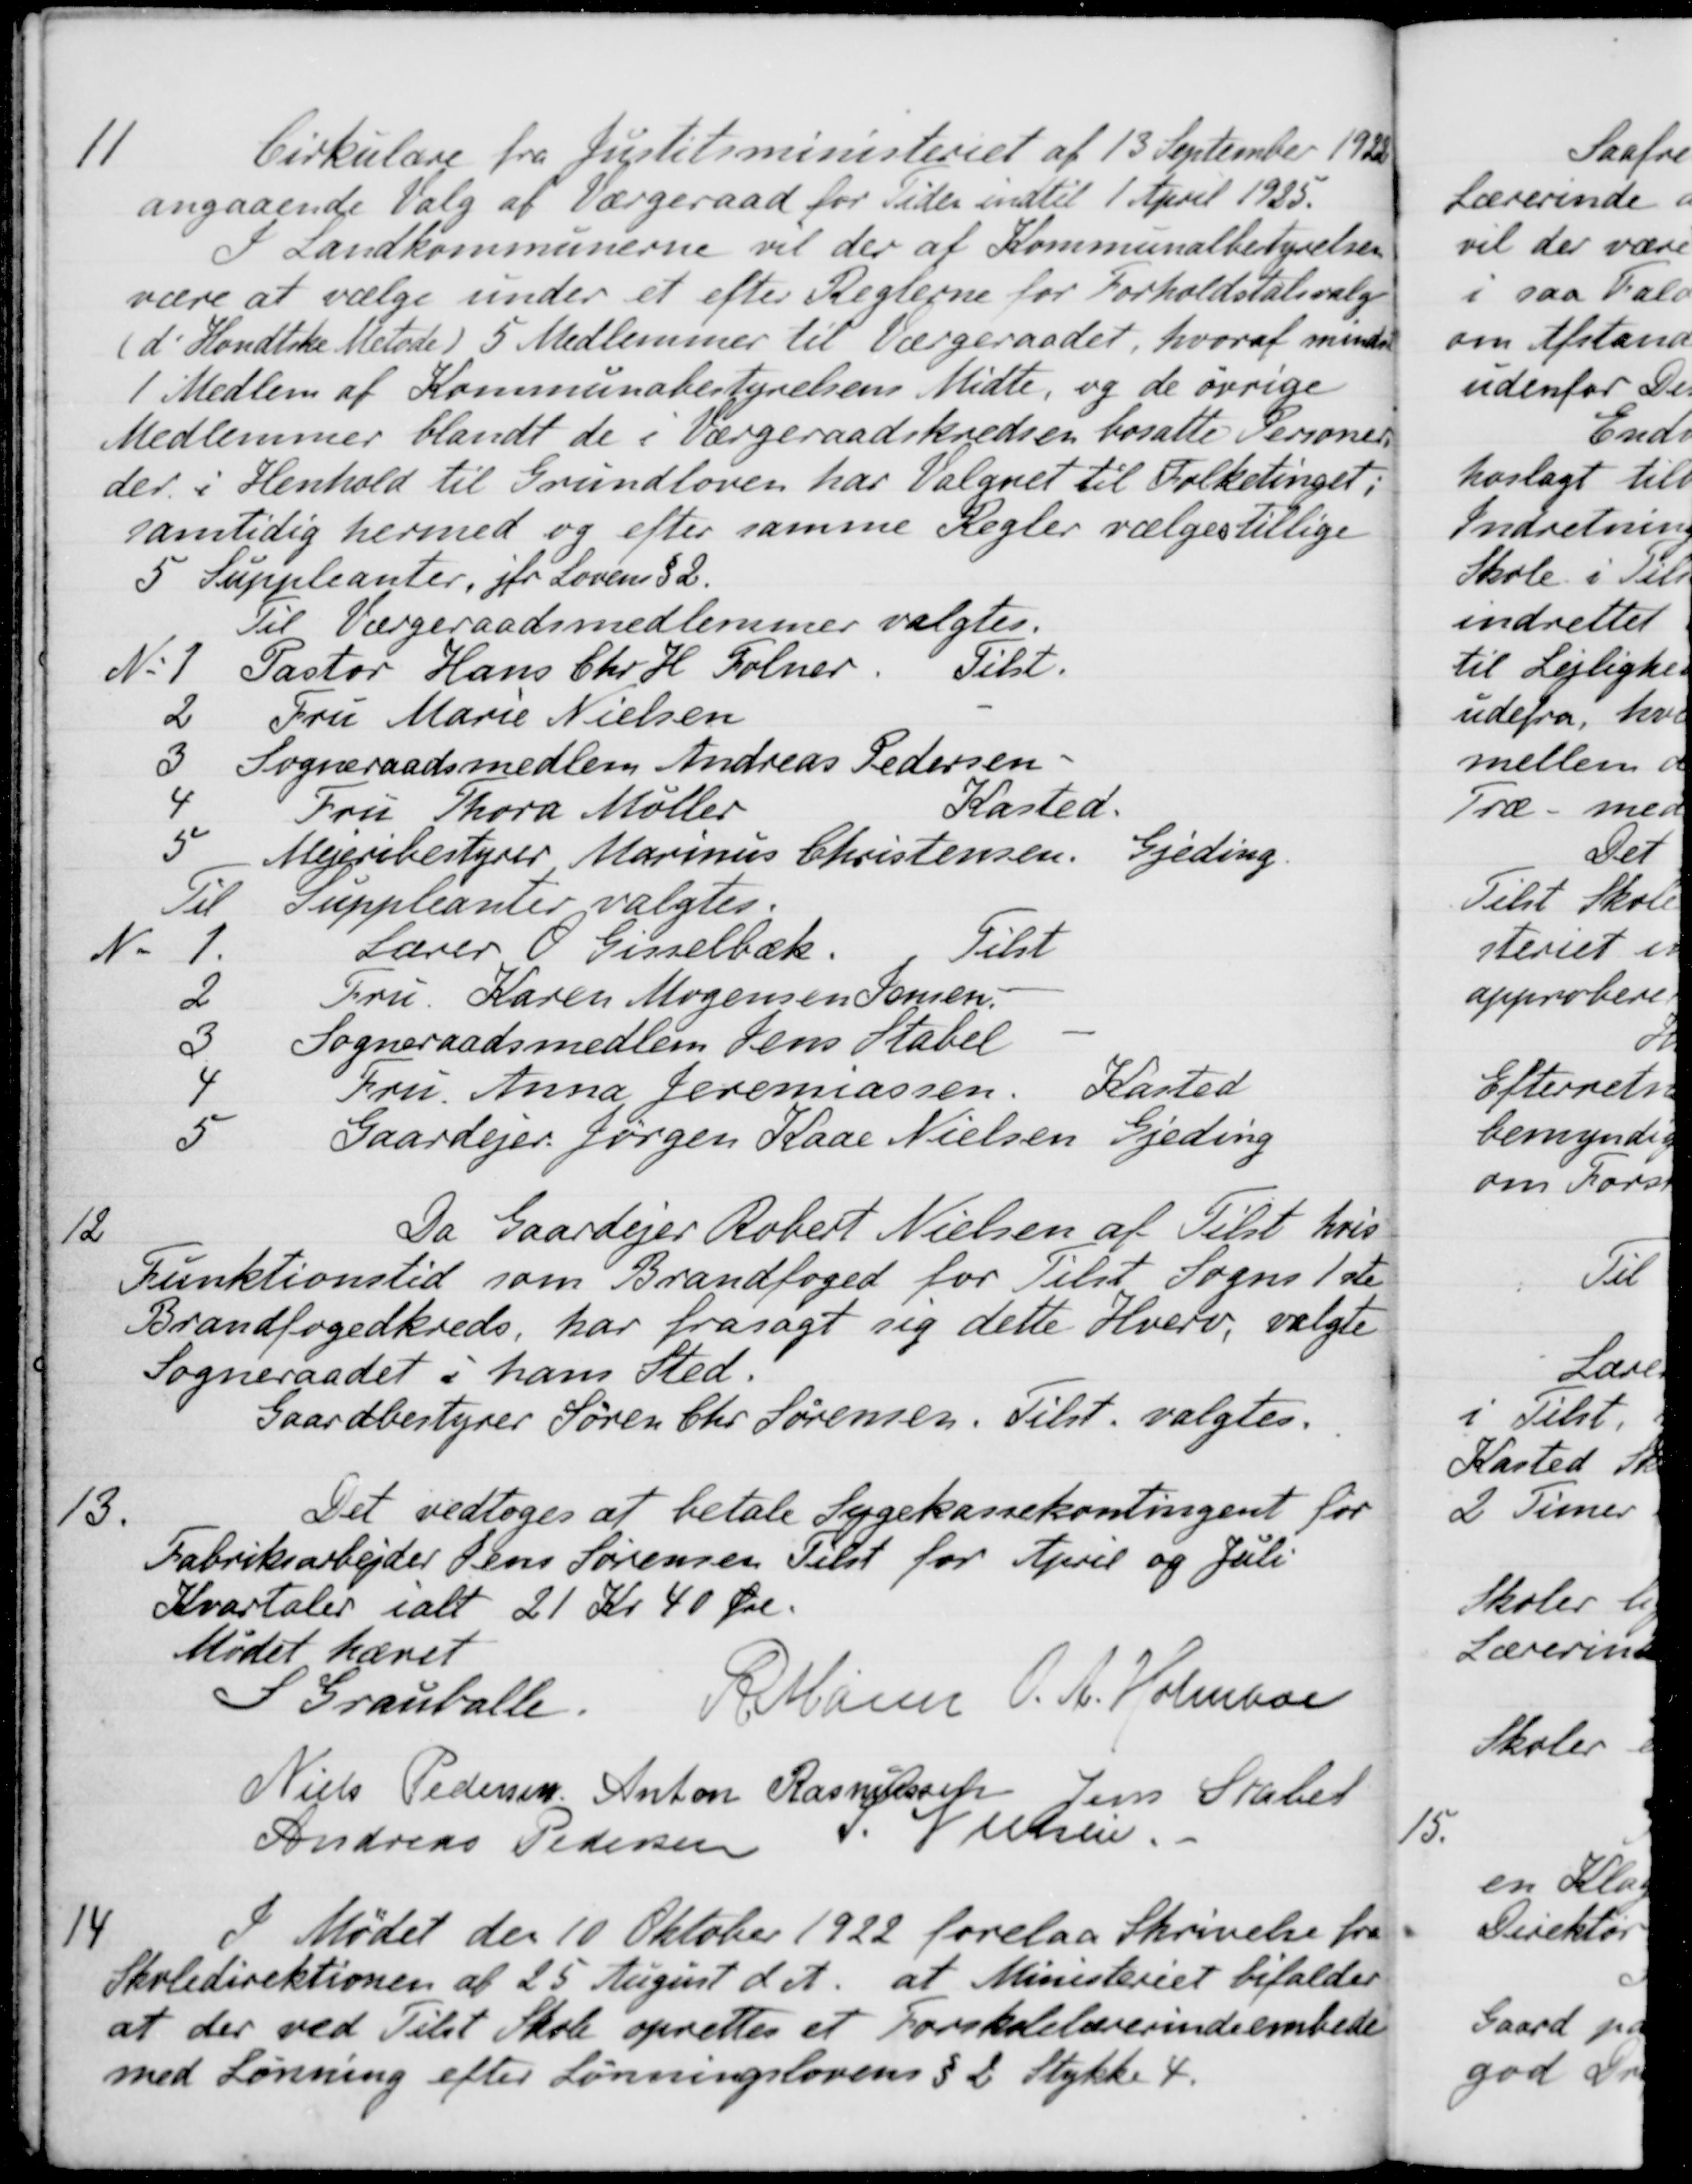
Transskription:
11
Cirkulære fra Justitsministeriet af 13 September 1922
angaaende Valg af Værgeraad for Tider indtil 1 April 1925.
I Landkommunerne vil der af Kommunalbestyrelsen
være at vælge under et efter Reglerne for Forholdstalsvalge
(d'Hondtske Metode) 5 Medlemmer til Værgeraadet, hvoraf mindst
1 Medlem af Kommunabestyrelsens Midte, og de øvrige
Medlemmer blandt de i værgeraadskredsen bosatte Personer
der i Henhold til Grundloven har Valget til Folketinget;
samtidig hermed og efter samme Regler vælges tillige
5 Suppleanter, jfr Lovens § 2.
Til Værgeraadsmedlemmer valgtes.
N. 1
Pastor Hans Chr. H. Folmer
Tilst.
2
Fru Marie Nielsen
3
Sogneraadsmedlem Andreas Pedersen.
4
Fru Thora Møller
Kasted.
5
Mejeribestyrer Marius Christensen
Gjeding.
Til Suppleanter valgtes.
N. 1.
Lærer O Gisselbæk
Tilst
2
Fru Karen Mogensen Jensen
3
Sogneraadsmedlem Jens Stabel
4
Fru Anna Jeremassen
Kasted
5
Gaardejer Jørgen Kaae Nielsen
Gjeding
12
Da Gaardejer Robert Nielsen af Tilst hvis
Funktionstid som Brandfoged for Tilst Sogns 1ste
Brandfogedkreds, har frasagt sig dette Hverv, valgte
Sogneraadet i hans Sted.
Gaardbestyrer Søren Chr Sørensen. Tilst. valgtes.
13.
Det vedtoges at betale Sygekassekontingent for
Fabriksarbejder Jens Sørensen Tilst for April og Juli
Kvartaler ialt 21 Kr 40 Øre.
Mødet hævet
S Grauballe.
R Mainz
O. A. Holmboe
Niels Pedersen
Anton Rasmussen
Jens Stabel
S. Nielsen
Andreas Pedersen
14
I Mødet den 10 Oktober 1922 forelaa Skrivelse fra
Skoledirektionen af 25 August d A. at Ministeriet bifalder
at der ved Tilst Skole oprettes et Forskolelærerindeembede
med Lønning efter Lønningslovens § 2 Stykke 4.